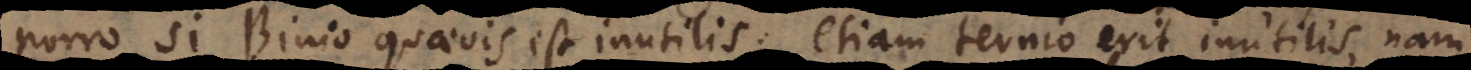
Porro si Binio quaevis est inutilis; etiam ternio erit inutilis, nam